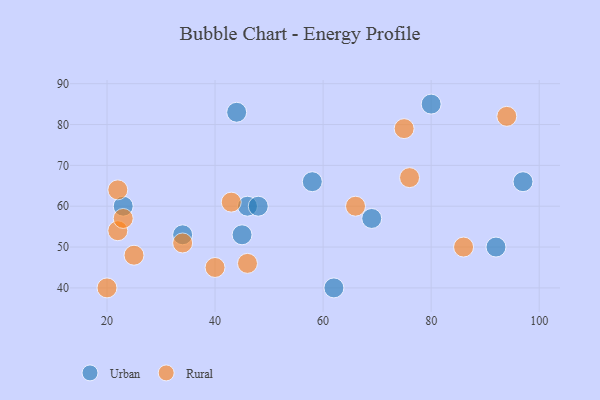
{"axis": {"x": "GDP", "y": "Life Expectancy"}, "legend": ["Rural", "Urban"], "data": [{"x": "46", "y": 60, "type": "Urban"}, {"x": "23", "y": 60, "type": "Urban"}, {"x": "44", "y": 83, "type": "Urban"}, {"x": "69", "y": 57, "type": "Urban"}, {"x": "62", "y": 40, "type": "Urban"}, {"x": "48", "y": 60, "type": "Urban"}, {"x": "97", "y": 66, "type": "Urban"}, {"x": "92", "y": 50, "type": "Urban"}, {"x": "34", "y": 53, "type": "Urban"}, {"x": "45", "y": 53, "type": "Urban"}, {"x": "80", "y": 85, "type": "Urban"}, {"x": "58", "y": 66, "type": "Urban"}, {"x": "22", "y": 64, "type": "Rural"}, {"x": "86", "y": 50, "type": "Rural"}, {"x": "40", "y": 45, "type": "Rural"}, {"x": "75", "y": 79, "type": "Rural"}, {"x": "34", "y": 51, "type": "Rural"}, {"x": "22", "y": 54, "type": "Rural"}, {"x": "46", "y": 46, "type": "Rural"}, {"x": "76", "y": 67, "type": "Rural"}, {"x": "25", "y": 48, "type": "Rural"}, {"x": "43", "y": 61, "type": "Rural"}, {"x": "20", "y": 40, "type": "Rural"}, {"x": "94", "y": 82, "type": "Rural"}, {"x": "66", "y": 60, "type": "Rural"}, {"x": "23", "y": 57, "type": "Rural"}]}